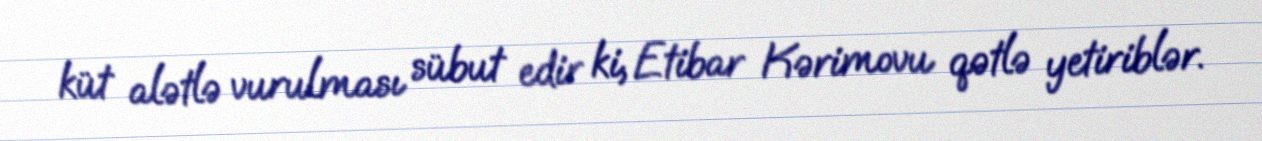
küt alətlə vurulması sübut edir ki, Etibar Kərimovu qətlə yetiriblər.